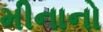
મીનાનો